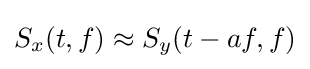
S_{x}(t,f)\approx S_{y}(t-af,f)